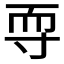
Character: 𱚠